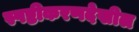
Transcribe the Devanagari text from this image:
स्पष्टीकरणदेखील